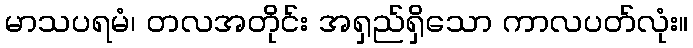
မာသပရမံ၊ တလအတိုင်း အရှည်ရှိသော ကာလပတ်လုံး။